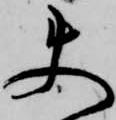
使